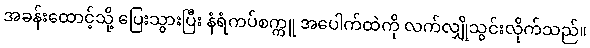
အခန်းထောင့်သို့ ပြေးသွားပြီး နံရံကပ်စက္ကူ အပေါက်ထဲကို လက်လျှိုသွင်းလိုက်သည်။